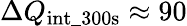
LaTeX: \Delta Q_{\mathrm{int\_ 300s}}\approx 90